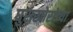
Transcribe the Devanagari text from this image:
घुसखोरांच्या